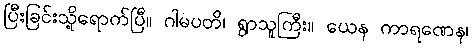
ပြီးခြင်းသို့ရောက်ပြီ။ ဂါမပတိ၊ ရွာသူကြီး။ ယေန ကာရဏေန၊